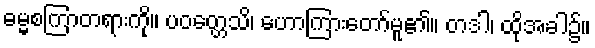
ဓမ္မစကြာတရားကို။ ပဝတ္တေသိ၊ ဟောကြားတော်မူ၏။ တဒါ၊ ထိုအခါ၌။